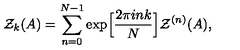
{ \cal Z } _ { k } ( A ) = \sum _ { n = 0 } ^ { N - 1 } \exp \Bigl [ \frac { 2 \pi i n k } { N } \Bigr ] { \cal Z } ^ { ( n ) } ( A ) ,